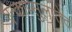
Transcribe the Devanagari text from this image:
एन्काप्सुलातेद